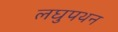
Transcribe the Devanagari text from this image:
लघुपथन